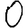
Digit: 0